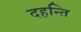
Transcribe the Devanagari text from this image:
दहन्ति